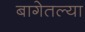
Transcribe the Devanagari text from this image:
बागेतल्या